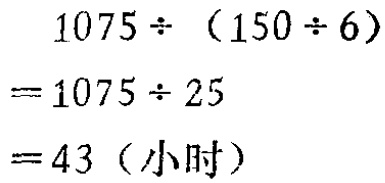
\[
\begin{align*}
&1075\div(150\div6)\\
=&1075\div25\\
=&43 (\text{小时})
\end{align*}
\]